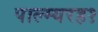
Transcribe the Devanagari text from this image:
पाल्म्यरह१